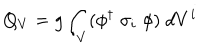
Q _ { V } = g \int _ { V } ( \phi ^ { \dagger } \; \sigma _ { i } \; \phi ) \; d V ^ { i }